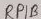
Text: RPIB